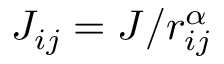
J _ { i j } = J / r _ { i j } ^ { \alpha }